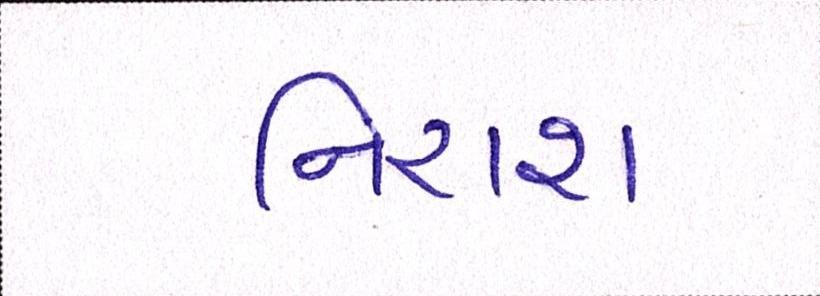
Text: નિરાશ